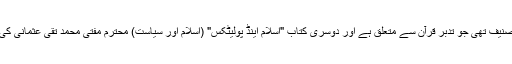
پہلی کتاب اردن کے شہزادے اور پی ایچ ڈی اسکالر پرنس غازی بن محمد کی تصنیف تھی جو تدبر قرآن سے متعلق ہے اور دوسری کتاب "اسلام اینڈ پولیٹکس" (اسلام اور سیاست) محترم مفتی محمد تقی عثمانی کی تحریر کردہ تھی جو اسلام کے سیاسی نظام اور اس کے نفاذ کی بات کرتی ہے۔